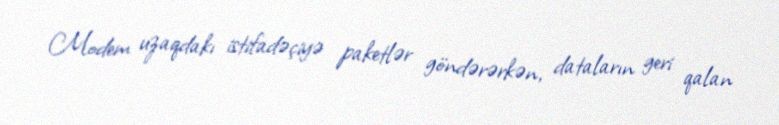
Modem uzaqdakı istifadəçiyə paketlər göndərərkən, dataların geri qalan